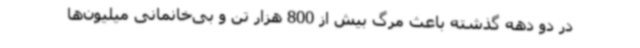
در دو دهه گذشته باعث مرگ بیش از 800 هزار تن و بی‌خانمانی میلیون‌ها